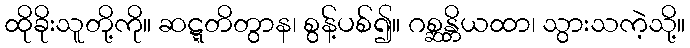
ထိုခိုးသူတို့ကို။ ဆဋ္ဋတိတွာန၊ စွန့်ပစ်၍။ ဂစ္ဆန္တိယထာ၊ သွားသကဲ့သို့။